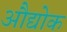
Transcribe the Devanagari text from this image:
औद्योक